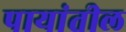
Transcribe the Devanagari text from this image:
पायांतील